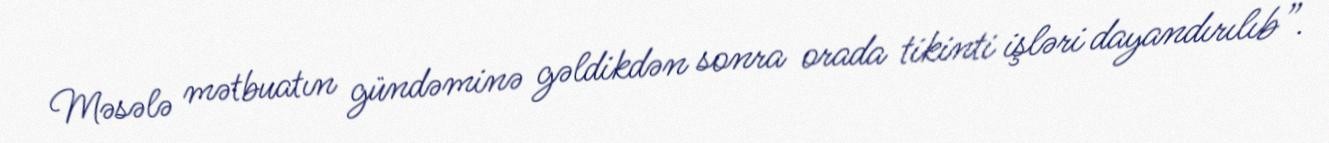
Məsələ mətbuatın gündəminə gəldikdən sonra orada tikinti işləri dayandırılıb”.